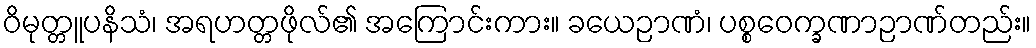
ဝိမုတ္တူပနိသံ၊ အရဟတ္တဖိုလ်၏ အကြောင်းကား။ ခယေဉာဏံ၊ ပစ္စဝေက္ခဏာဉာဏ်တည်း။